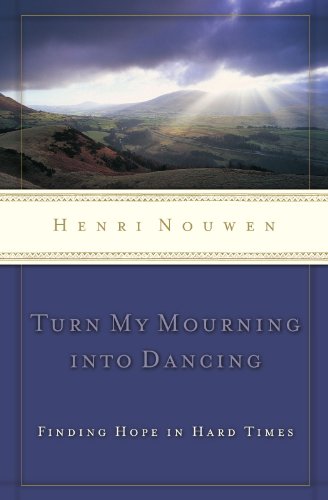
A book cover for Turn My Mourning into Dancing; Henri Nouwen; Christian Books & Bibles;